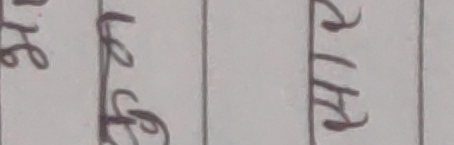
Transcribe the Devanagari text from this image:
लि६ लेग २४२